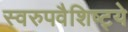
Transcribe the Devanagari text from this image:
स्वरुपवैशिष्ट्ये